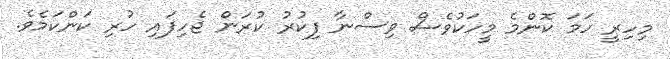
މިހިރީ ހަމަ ކޮންމެ މީހަކުވެސް ވިސްނާ ފިކުރު ކުރަން ޖެހިފައި ހުރި ކަންކަމެވެ.